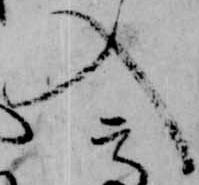
入